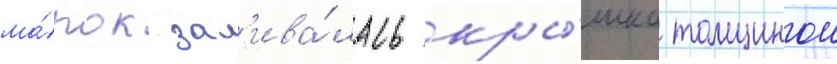
ма́рок зал'ива́лась кры́шка толщинои